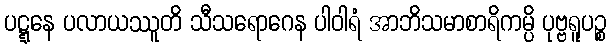
ပဋ္ဋနေ ပလာယဿူတိ သီသရောဂေန ပါဝါရံ အာဘိသမာစာရိကမ္ပိ ပုဗ္ဗရူပဉ္စ